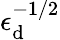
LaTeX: \epsilon_{\mathrm{d}}^{-1/2}